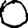
Digit: 0